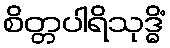
စိတ္တပါရိသုဒ္ဓိံ